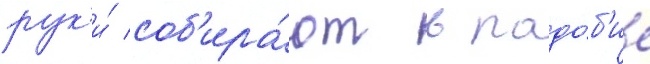
рук'и́ соб'ира́ют в подо́б'ие